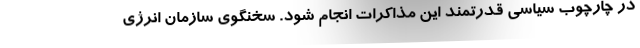
در چارچوب سیاسی قدرتمند این مذاکرات انجام شود. سخنگوی سازمان انرژی